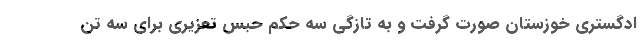
ادگستری خوزستان صورت گرفت و به تازگی سه حکم حبس تعزیری برای سه تن